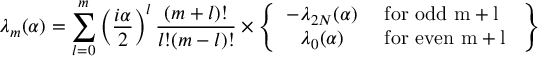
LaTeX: \lambda _ { m } ( \alpha ) = \sum _ { l = 0 } ^ { m } \left( { \frac { i \alpha } { 2 } } \right) ^ { l } { \frac { ( m + l ) ! } { l ! ( m - l ) ! } } \times \left\{ \begin{array} { c l } { { - \lambda _ { 2 N } ( \alpha ) } } & { { \mathrm { ~ f o r ~ o d d ~ m + l ~ } } } \\ { { \lambda _ { 0 } ( \alpha ) } } & { { \mathrm { ~ f o r ~ e v e n ~ m + l ~ } } } \end{array} \right\}